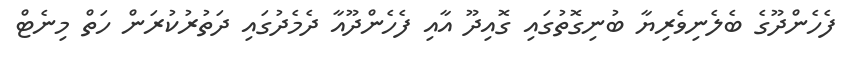
ފެހެންދޫގެ ބެލެނިވެރިޔާ ބުނިގޮތުގައި ގޮއިދޫ އާއި ފެހެންދޫއާ ދެމެދުގައި ދަތުރުކުރަން ހަތް މިނެޓް